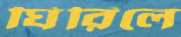
ঘিরিলে